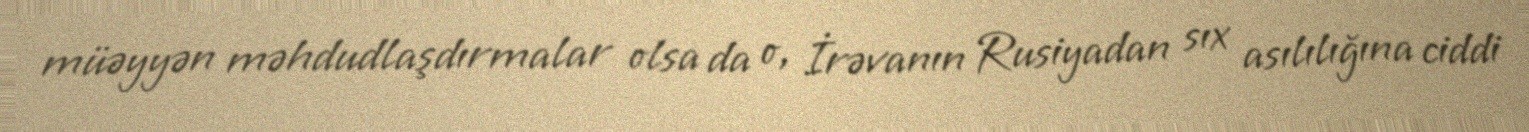
müəyyən məhdudlaşdırmalar olsa da o, İrəvanın Rusiyadan sıx asılılığına ciddi